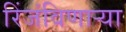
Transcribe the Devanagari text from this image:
रिंजंविणार्‍या